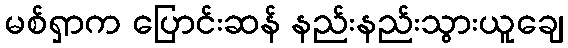
မစ်ရှာက ပြောင်းဆန် နည်းနည်းသွားယူချေ